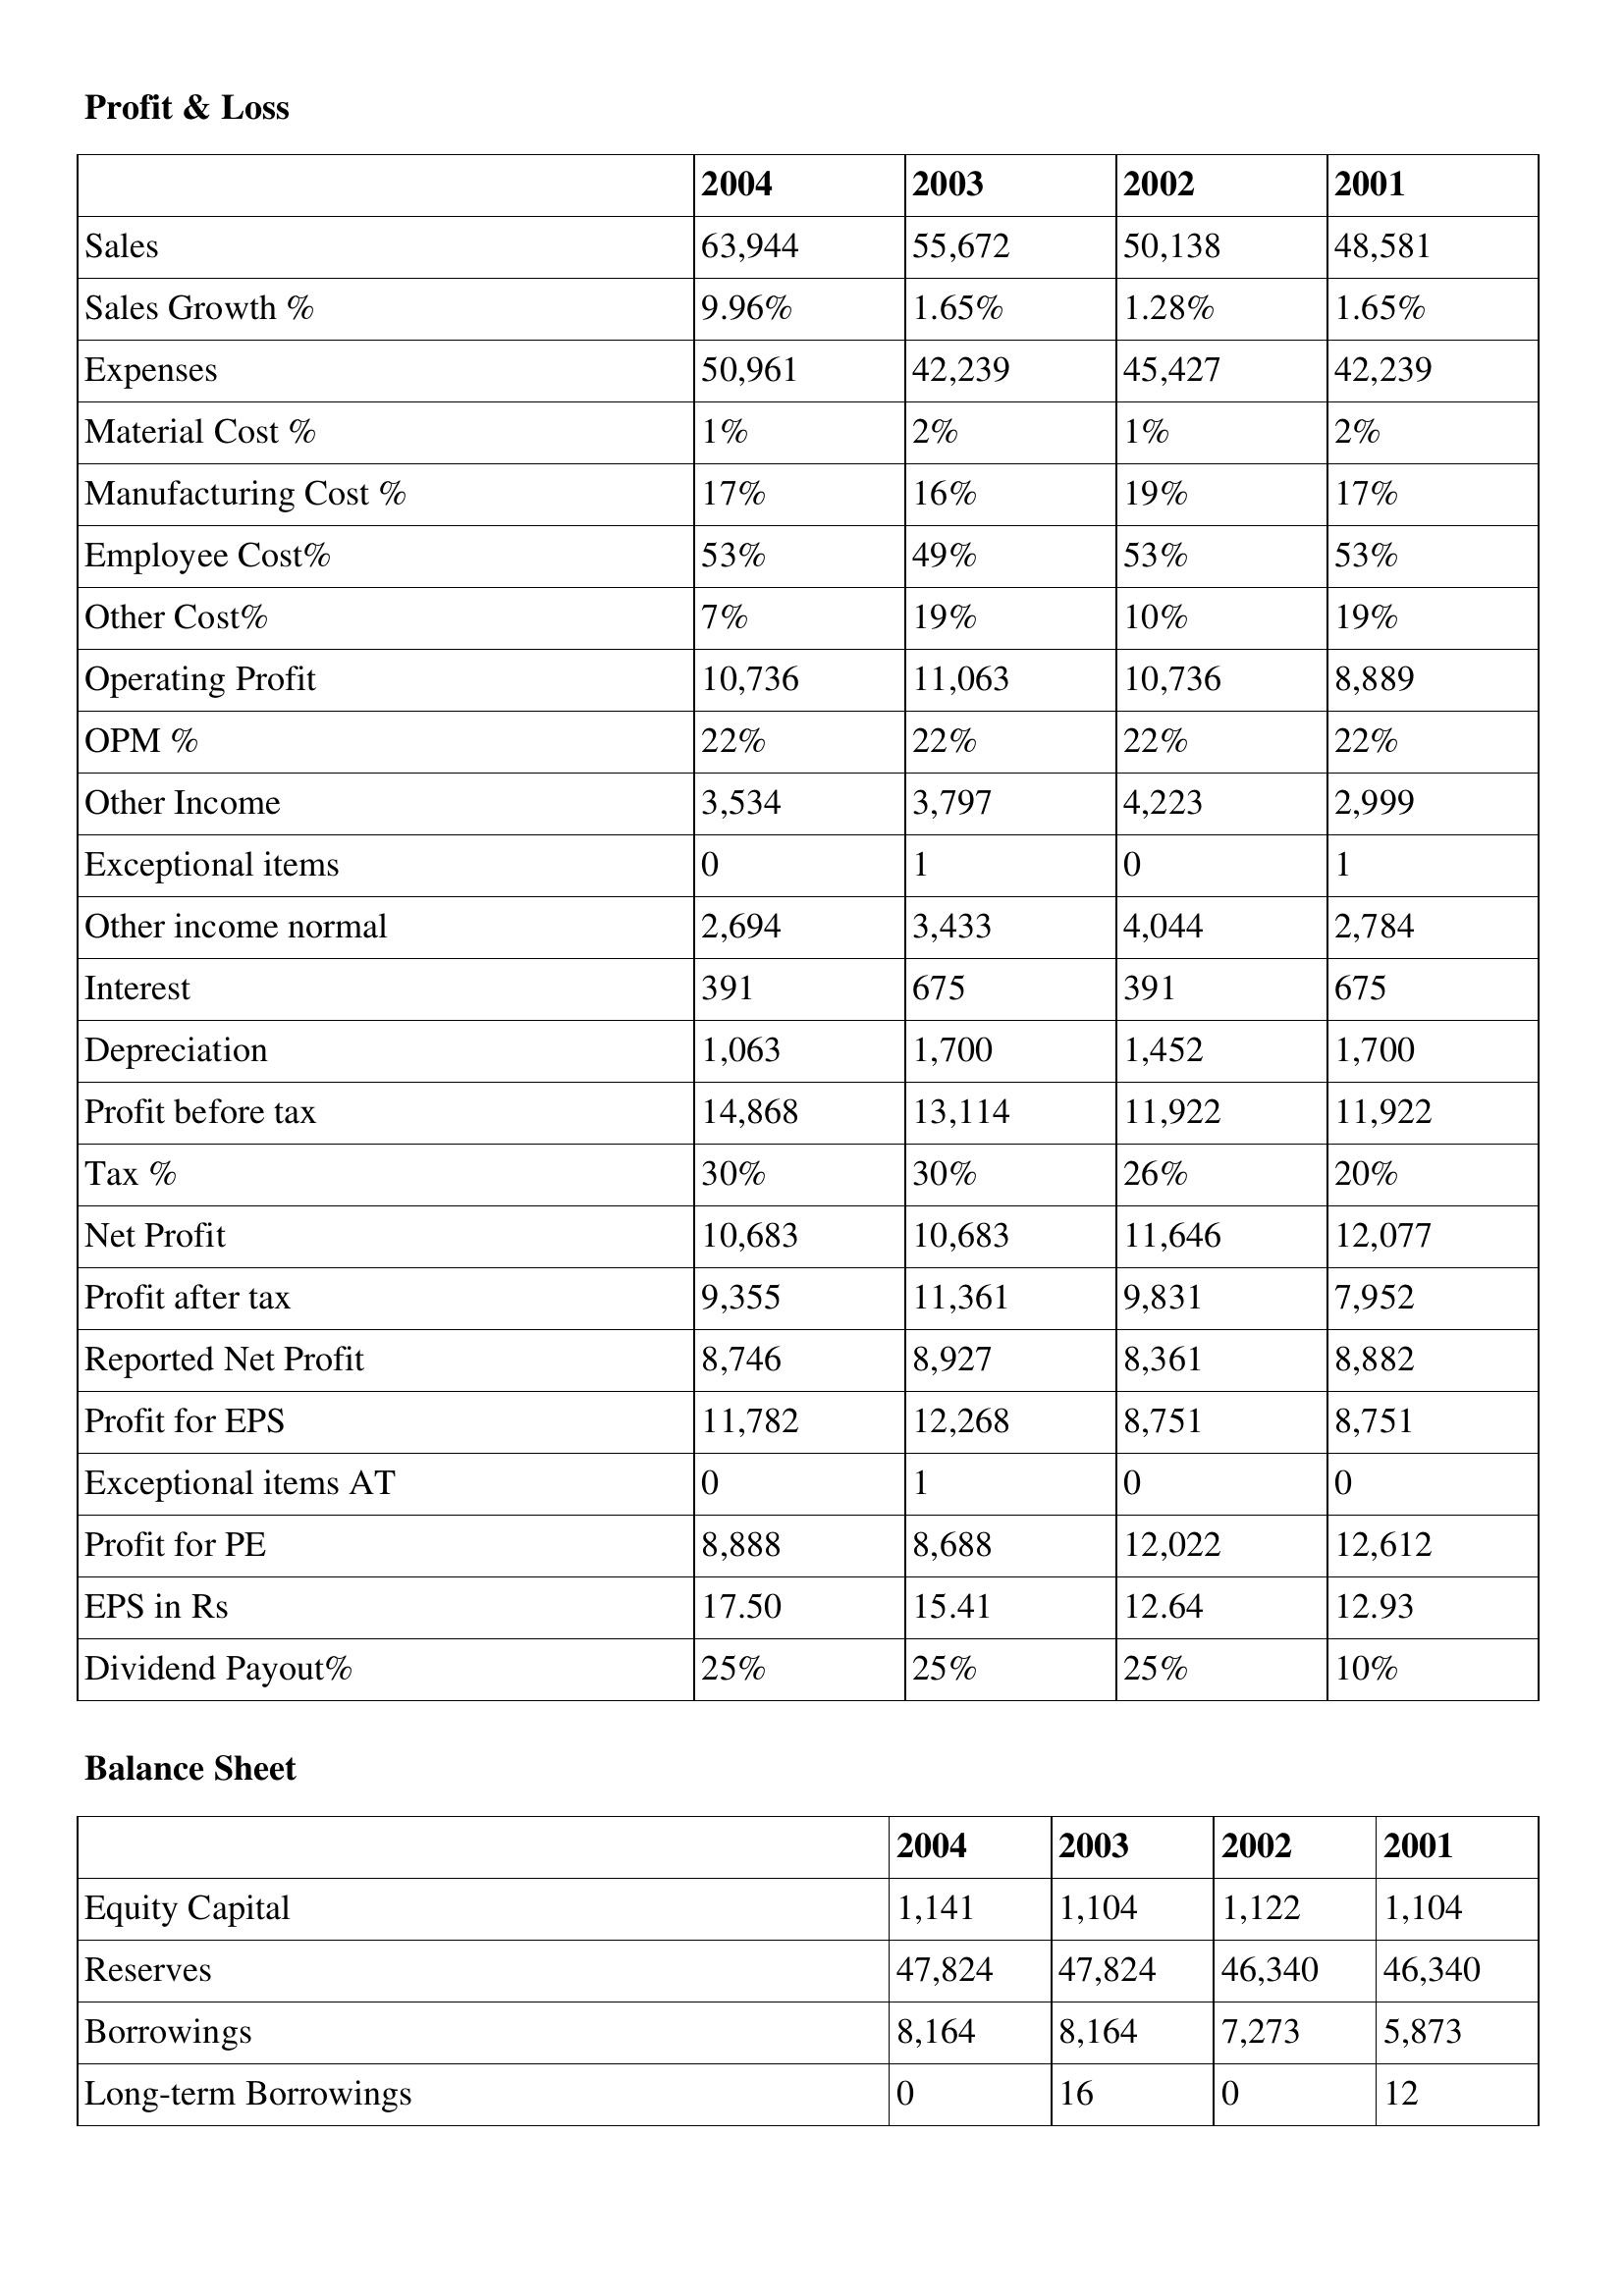
gt_parse: 2004: Profit & Loss: Sales: 63,944
Sales Growth %: 9.96%
Expenses: 50,961
Material Cost %: 1%
Manufacturing Cost %: 17%
Employee Cost%: 53%
Other Cost%: 7%
Operating Profit: 10,736
OPM %: 22%
Other Income: 3,534
Exceptional items: 0
Other income normal: 2,694
Interest: 391
Depreciation: 1,063
Profit before tax: 14,868
Tax %: 30%
Net Profit: 10,683
Profit after tax: 9,355
Reported Net Profit: 8,746
Profit for EPS: 11,782
Exceptional items AT: 0
Profit for PE: 8,888
EPS in Rs: 17.50
Dividend Payout%: 25%
Balance Sheet: Equity Capital: 1,141
Reserves: 47,824
Borrowings: 8,164
Long-term Borrowings: 0
2003: Profit & Loss: Sales: 55,672
Sales Growth %: 1.65%
Expenses: 42,239
Material Cost %: 2%
Manufacturing Cost %: 16%
Employee Cost%: 49%
Other Cost%: 19%
Operating Profit: 11,063
OPM %: 22%
Other Income: 3,797
Exceptional items: 1
Other income normal: 3,433
Interest: 675
Depreciation: 1,700
Profit before tax: 13,114
Tax %: 30%
Net Profit: 10,683
Profit after tax: 11,361
Reported Net Profit: 8,927
Profit for EPS: 12,268
Exceptional items AT: 1
Profit for PE: 8,688
EPS in Rs: 15.41
Dividend Payout%: 25%
Balance Sheet: Equity Capital: 1,104
Reserves: 47,824
Borrowings: 8,164
Long-term Borrowings: 16
2002: Profit & Loss: Sales: 50,138
Sales Growth %: 1.28%
Expenses: 45,427
Material Cost %: 1%
Manufacturing Cost %: 19%
Employee Cost%: 53%
Other Cost%: 10%
Operating Profit: 10,736
OPM %: 22%
Other Income: 4,223
Exceptional items: 0
Other income normal: 4,044
Interest: 391
Depreciation: 1,452
Profit before tax: 11,922
Tax %: 26%
Net Profit: 11,646
Profit after tax: 9,831
Reported Net Profit: 8,361
Profit for EPS: 8,751
Exceptional items AT: 0
Profit for PE: 12,022
EPS in Rs: 12.64
Dividend Payout%: 25%
Balance Sheet: Equity Capital: 1,122
Reserves: 46,340
Borrowings: 7,273
Long-term Borrowings: 0
2001: Profit & Loss: Sales: 48,581
Sales Growth %: 1.65%
Expenses: 42,239
Material Cost %: 2%
Manufacturing Cost %: 17%
Employee Cost%: 53%
Other Cost%: 19%
Operating Profit: 8,889
OPM %: 22%
Other Income: 2,999
Exceptional items: 1
Other income normal: 2,784
Interest: 675
Depreciation: 1,700
Profit before tax: 11,922
Tax %: 20%
Net Profit: 12,077
Profit after tax: 7,952
Reported Net Profit: 8,882
Profit for EPS: 8,751
Exceptional items AT: 0
Profit for PE: 12,612
EPS in Rs: 12.93
Dividend Payout%: 10%
Balance Sheet: Equity Capital: 1,104
Reserves: 46,340
Borrowings: 5,873
Long-term Borrowings: 12